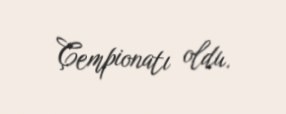
Çempionatı oldu.